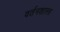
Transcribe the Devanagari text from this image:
वर्तनशास्त्र